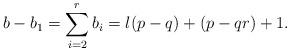
LaTeX: \begin{align*} b-b_1=\sum_{i=2}^r b_i= l(p-q) + (p-qr) + 1. \end{align*}